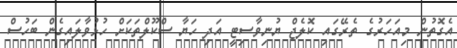
އެގޮތުން މިއަހަރުގެ ތެރޭގައި ކޮލެޖް ޔުނިވާސިޓީ އަދި ހަޔާ ސްކޫލްތަކަށް ހުޅުވާލައިގެން ބަހުސް